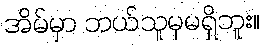
အိမ်မှာ ဘယ်သူမှမရှိဘူး။